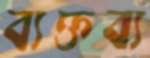
ব্যক্তব্য